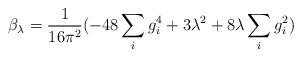
LaTeX: \begin{align*}\beta_{\lambda} = \frac{1}{16 \pi^2} (- 48 \sum_{i}g_{i}^4 + 3 \lambda^2 + 8\lambda \sum_{i} g_{i}^2)\end{align*}